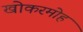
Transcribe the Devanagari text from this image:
खोकरमोह